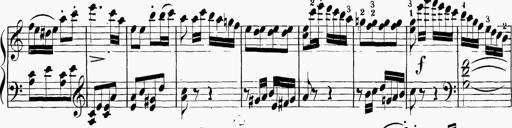
Title: 6 Sonatinas
Composer: Carl Reinecke